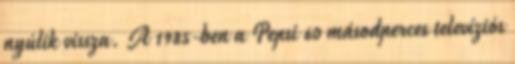
nyúlik vissza. A 1985-ben a Pepsi 60 másodperces televíziós